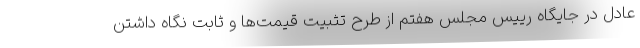
عادل در جایگاه رییس مجلس هفتم از طرح تثبیت قیمت‌ها و ثابت نگاه داشتن